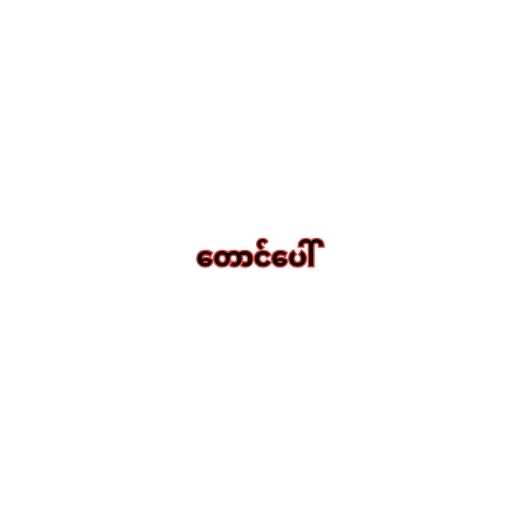
တောင်ပေါ်